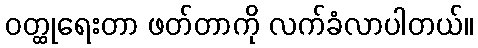
ဝတ္ထုရေးတာ ဖတ်တာကို လက်ခံလာပါတယ်။